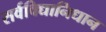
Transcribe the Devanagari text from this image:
सर्वविद्यानिधान